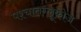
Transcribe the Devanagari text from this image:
पश्चातग्लूकोज